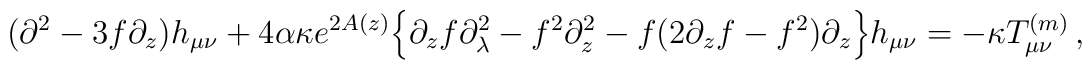
(\partial^2-3f\partial_z)h_{\mu\nu}+4\alpha \kappa e^{2A(z)}\Big\{\partial_zf \partial_\lambda^2-f^2\partial_z^2-f\big(2\partial_zf-f^2\big)\partial_z\Big\}h_{\mu\nu}= -\kappa T^{(m)}_{\mu\nu}\,,